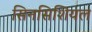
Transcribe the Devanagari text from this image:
सिनसिशियल